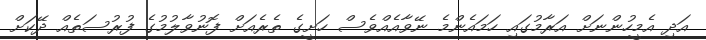
އަދި އެމީހުންނަށް އަރާމުގައި ހަމައެންމެ ނޭވާއެއްވެސް ހަށީގެ ތެރެއަށް ފޮނުވާލުމުގެ ފުރުސަތެއް ދޭކަށް